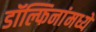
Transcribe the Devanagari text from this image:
डॉल्फिनांमध्ये